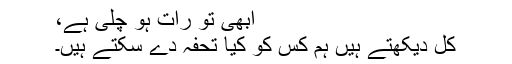
ابھی تو رات ہو چلی ہے،
کل دیکھتے ہیں ہم کس کو کیا تحفہ دے سکتے ہیں۔